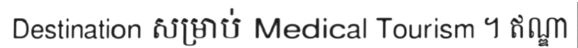
Destination សម្រាប់ Medical Tourism ។ ឥណ្ឌា